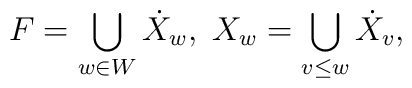
F=\bigcup_{w\in W}\dot{X}_{w},\;X_{w}=\bigcup_{v\leq w}\dot{X}_{v},